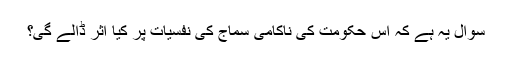
سوال یہ ہے کہ اس حکومت کی ناکامی سماج کی نفسیات پر کیا اثر ڈالے گی؟